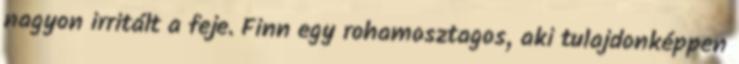
nagyon irritált a feje. Finn egy rohamosztagos, aki tulajdonképpen